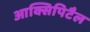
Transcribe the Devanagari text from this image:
आक्सिपिटैल